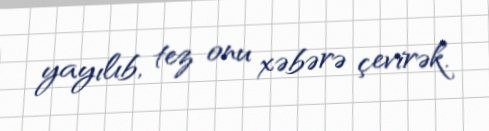
yayılıb, tez onu xəbərə çevirək.